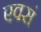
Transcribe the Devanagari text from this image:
एवसं